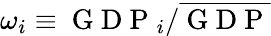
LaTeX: \omega_{i}\equiv{\mathrm{~G~D~P~}_{i}}/{\overline{{\mathrm{~G~D~P~}}}}